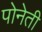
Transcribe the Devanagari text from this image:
पोनेती